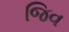
જિવ